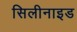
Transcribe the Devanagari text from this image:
सिलीनाइड